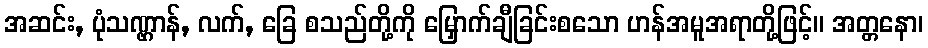
အဆင်း, ပုံသဏ္ဌာန်, လက်, ခြေ စသည်တို့ကို မြှောက်ချီခြင်းစသော ဟန်အမူအရာတို့ဖြင့်။ အတ္တနော၊